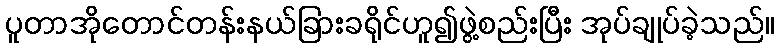
ပူတာအိုတောင်တန်းနယ်ခြားခရိုင်ဟူ၍ဖွဲ့စည်းပြီး အုပ်ချုပ်ခဲ့သည်။